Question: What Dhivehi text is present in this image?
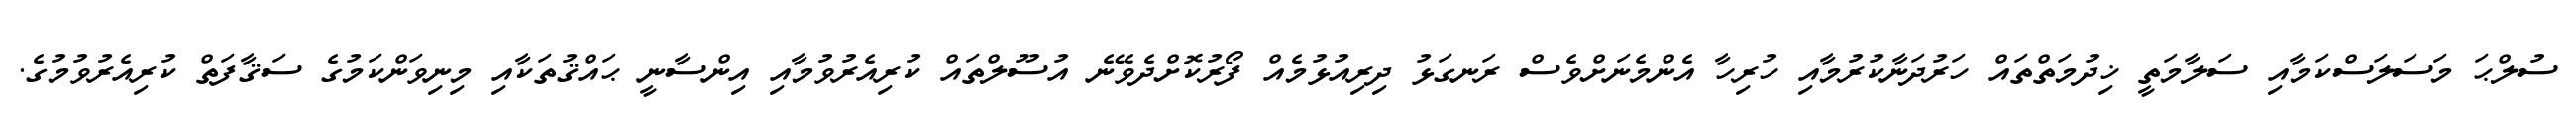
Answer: ސުލްޙަ މަސަލަސްކަމާއި ސަލާމަތީ ޚިދުމަތްތައް ހަރުދަނާކުރުމާއި ހުރިހާ އެންމެނަށްވެސް ރަނގަޅު ދިރިއުޅުމެއް ފޯރުކޮށްދެވޭނެ އުސޫލްތައް ކުރިއެރުވުމާއި އިންސާނީ ޙައްޤުތަކާއި މިނިވަންކަމުގެ ސަޤާފަތް ކުރިއެރުވުމުގެ.